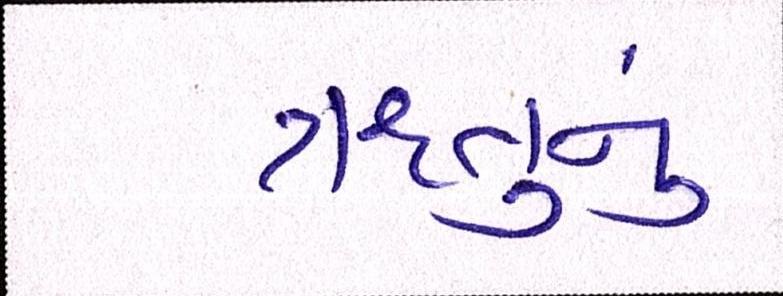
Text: ઋતુનું